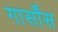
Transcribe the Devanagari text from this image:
गार्सोंस